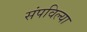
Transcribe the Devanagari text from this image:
संपविल्या